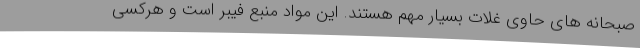
صبحانه های حاوی غلات بسیار مهم هستند. این مواد منبع فیبر است و هرکسی